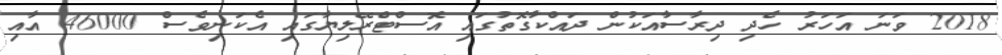
2018 ވަނަ އަހަރު ހެދި ދިރާސާއަކުން ދައްކާގޮތުގައި އޮސްޓްރޭލިޔާގައި އެކަނިވެސް 46000 އާއި